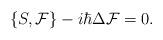
LaTeX: \begin{align*} \{S,\mathcal{F}\} - i\hbar\Delta\mathcal{F} = 0.\end{align*}